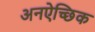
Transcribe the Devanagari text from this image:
अनऐच्छिक